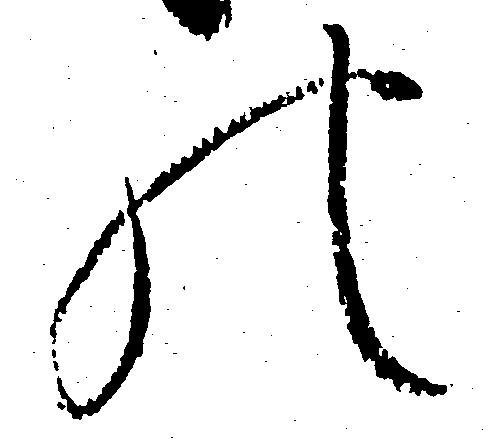
の